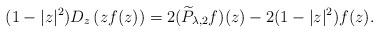
LaTeX: \begin{align*}(1-|z|^2)D_{z}\left(zf(z)\right)=2(\widetilde{P}_{\lambda,2}f)(z)-2(1-|z|^2)f(z).\end{align*}